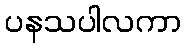
ပနသပါလကာ